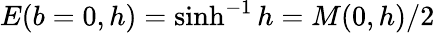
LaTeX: E(b=0,h)=\sinh^{-1}{h}=M(0,h)/2